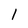
Character: 1